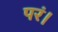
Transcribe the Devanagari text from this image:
परं।